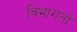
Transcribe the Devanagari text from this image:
विभागतो